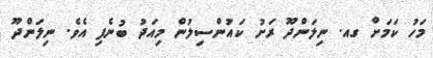
މަހު ކަމަށް ގއ. ނިލަންދޫ ރަށު ކައުންސިލުން މިއަދު ބުނެފި އެވެ. ނިލަންދޫ